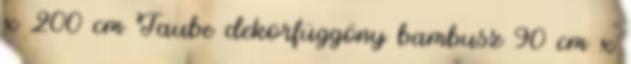
x 200 cm Taube dekorfüggöny bambusz 90 cm x